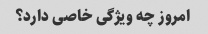
امروز چه ویژگی خاصی دارد؟